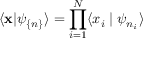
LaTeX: \langle \mathbf { x } | \psi _ { \{ n \} } \rangle = \prod _ { i = 1 } ^ { N } \langle x _ { i } \mid \psi _ { n _ { i } } \rangle